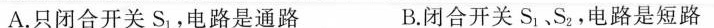
A.只闭合开关S_{1}，电路是通路 B.闭合开关S_{1}、S_{2}，电路是短路